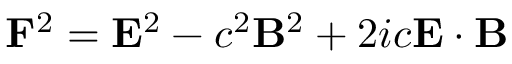
\mathbf { F } ^ { 2 } = \mathbf { E } ^ { 2 } - c ^ { 2 } \mathbf { B } ^ { 2 } + 2 i c \mathbf { E } \cdot \mathbf { B }